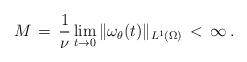
LaTeX: \begin{align*} M \,=\, \frac{1}{\nu}\lim_{t \to 0} \|\omega_\theta(t)\|_{L^1(\Omega)} \,<\, \infty\,.\end{align*}